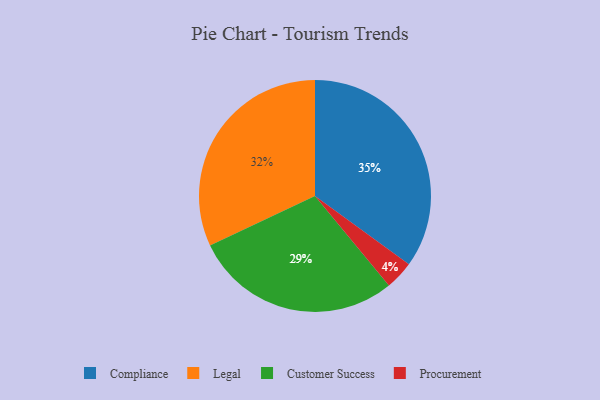
{"axis": {"x": "Category", "y": "Percentage"}, "legend": ["Compliance", "Customer Success", "Legal", "Procurement"], "data": [{"x": "Legal", "y": 32, "type": "Legal"}, {"x": "Customer Success", "y": 29, "type": "Customer Success"}, {"x": "Compliance", "y": 35, "type": "Compliance"}, {"x": "Procurement", "y": 4, "type": "Procurement"}]}